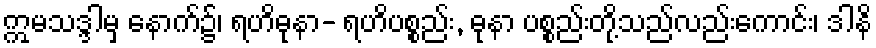
ဣမသဒ္ဒါမှ နောက်၌၊ ရဟိဓုနာ- ရဟိပစ္စည်း, ဓုနာ ပစ္စည်းတို့သည်လည်းကောင်း၊ ဒါနိ